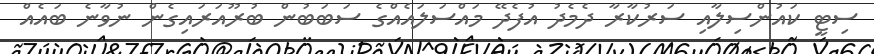
ސިޓީ ކައުންސިލާއި ސަރުކާރާ ދެމެދު އުފެދޭ މައްސަލައެއްގެ ސަބަބުން ބުރޫއަރައިގެން ނުވާނެ ބައެއް